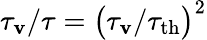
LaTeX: \tau_{\mathbf{v}}/\tau=\big(\tau_{\mathbf{v}}/\tau_{\mathrm{{th}}}\big)^{2}